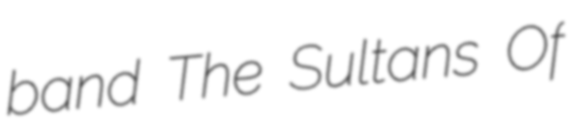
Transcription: band The Sultans Of